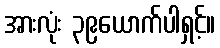
အားလုံး ၃၉ယောက်ပါရှင့်။